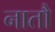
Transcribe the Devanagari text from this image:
नातौ